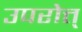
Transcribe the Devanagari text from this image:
उपरोत्त्